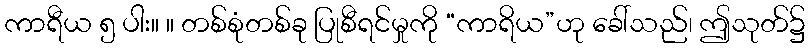
ကာရီယ ၅ ပါး။ ။ တစ်စုံတစ်ခု ပြုစီရင်မှုကို “ကာရိယ”ဟု ခေါ်သည်၊ ဤသုတ်၌